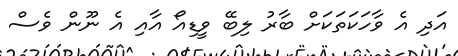
އަދި އެ ވާހަކަތަކަށް ބާރު ލިބޭ ވީޑިއޯ އާއި އެ ނޫން ވެސް